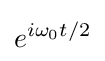
e^{i\omega _{0}t/2}